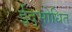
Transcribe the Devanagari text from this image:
ईद्भोधित